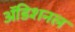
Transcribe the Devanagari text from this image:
अॅडिशनल